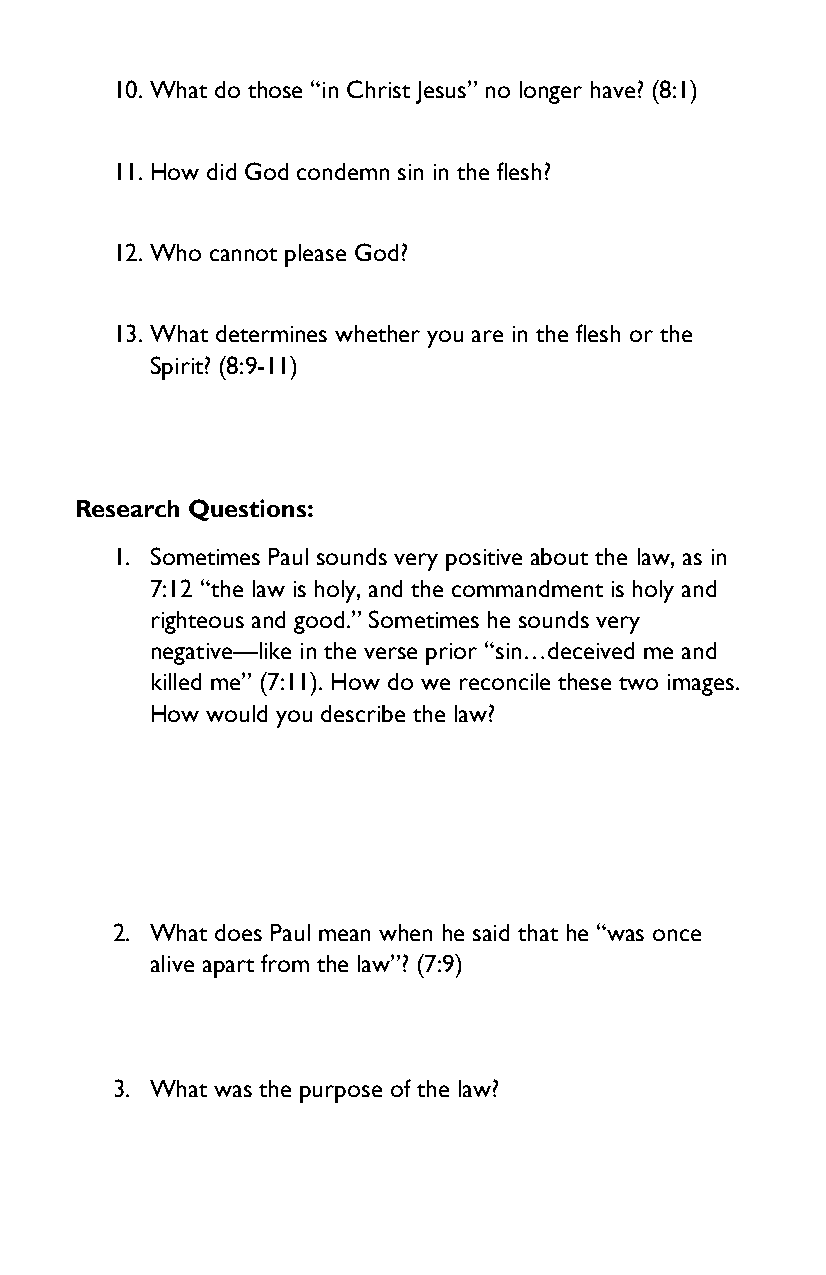
10. What do those “in Christ Jesus” no longer have? (8:1)
 11. How did God condemn sin in the flesh?
 12. Who cannot please God?
 13. What determines whether you are in the flesh or the
 Spirit? (8:9-11)
 Research Questions:
 1. Sometimes Paul sounds very positive about the law, as in
 7:12 “the law is holy, and the commandment is holy and
 righteous and good.” Sometimes he sounds very
 negative—like in the verse prior “sin…deceived me and
 killed me” (7:11). How do we reconcile these two images.
 How would you describe the law?
 2. What does Paul mean when he said that he “was once
 alive apart from the law”? (7:9)
 3. What was the purpose of the law?